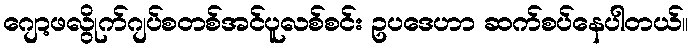
ဂျော့ဖလွိုက်ဂျပ်စတစ်အင်ပူလစ်စင်း ဥပဒေဟာ ဆက်စပ်နေပါတယ်။